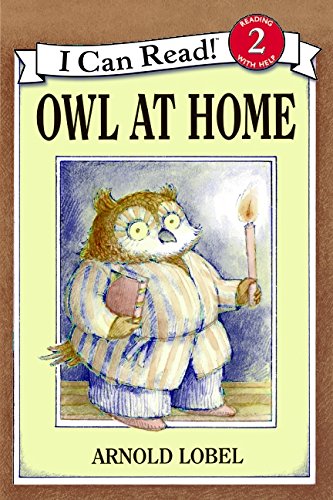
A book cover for Owl at Home (I Can Read Level 2); Arnold Lobel; Education & Teaching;